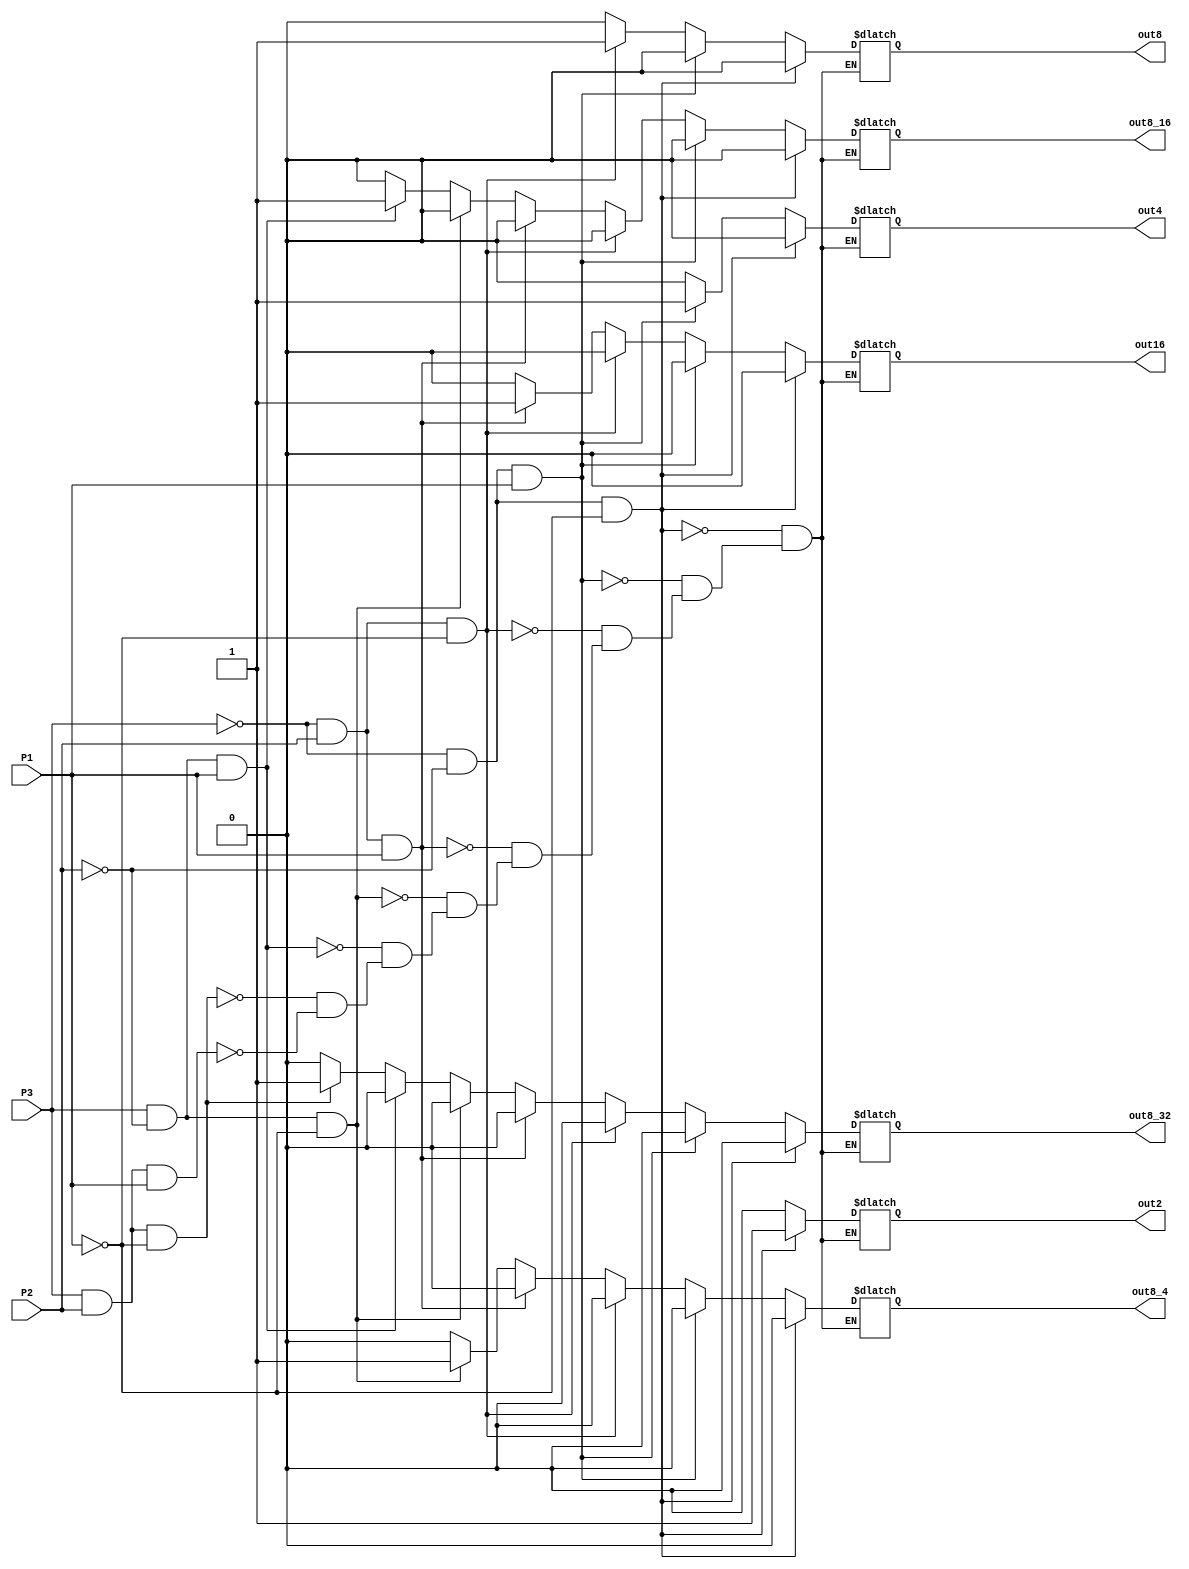
`timescale 1ns / 1ps
//////////////////////////////////////////////////////////////////////////////////
// Company: 
// Engineer: 
// 
// Design Name: 
// Module Name: Control
// Project Name: 
// Target Devices: 
// Tool Versions: 
// Description: 
// 
// Dependencies: 
// 
// Revision:
// Revision 0.01 - File Created
// Additional Comments:
// 
//////////////////////////////////////////////////////////////////////////////////


module Control(P1,P2,P3,out2,out4,out8,out8_4,out8_16,out8_32,out16);
input P1;
input P2;
input P3;
output reg out2;
output reg out4;
output reg out8;
output reg out8_4;
output reg out8_16;
output reg out8_32;
output reg out16;
always @ *
begin
if((~P3)&(~P2)&(~P1))//000
begin
out2 <= 1;
out4 <= 0;
out8 <= 0;
out16 <= 0;
out8_4 <=0;
out8_16 <=0;
out8_32 <=0;
end
else if((~P3)&(~P2)&P1)//001
begin
out2 <= 0;
out4 <= 1;
out8 <= 0;
out16 <= 0;
out8_4 <=0;
out8_16 <=0;
out8_32 <=0;
end
else if((~P3)&P2&(~P1))//010
begin
out2 <= 0;
out4 <= 0;
out8 <= 1;
out16 <= 0;
out8_4 <=0;
out8_16 <=0;
out8_32 <=0;
end
else if((~P3)&P2&P1)//011
begin
out2 <= 0;
out4 <= 0;
out8 <= 0;
out16 <= 1;
out8_4 <=0;
out8_16 <=0;
out8_32 <=0;
end
else if(P3&(~P2)&(~P1))//100
begin
out2 <= 0;
out4 <= 0;
out8 <= 0;
out16 <= 0;
out8_4 <= 1;
out8_16 <=0;
out8_32 <=0;
end
else if(P3&(~P2)&P1)//101
begin
out2 <= 0;
out4 <= 0;
out8 <= 0;
out16 <= 0;
out8_4 <=0;
out8_16 <=1;
out8_32 <=0;
end
else if(P3&P2&(~P1))//110
begin
out2 <= 0;
out4 <= 0;
out8 <= 0;
out16 <= 0;
out8_4 <=0;
out8_16 <=0;
out8_32 <=1;
end
else if(P3&P2&P1)//111
begin
out2 <= 0;
out4 <= 0;
out8 <= 0;
out16 <= 0;
out8_4 <=0;
out8_16 <=0;
out8_32 <=0;
end
end
endmodule